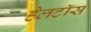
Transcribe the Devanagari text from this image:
हेलटॉस